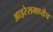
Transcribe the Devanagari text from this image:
आइरेसमध्येच